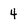
Character: 4